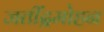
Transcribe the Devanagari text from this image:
जतींद्रमोहन